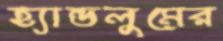
হ্যান্ডলুমের